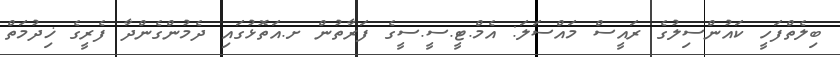
ބިލެތްފަހީ ކައުންސިލުގެ ރައީސް މައްސަލަ: އެމް.ޓީ.ސީ.ސީގެ ފަރާތުން ށ.އަތޮޅުގައި ދެމުންގެންދާ ފެރީގެ ޚިދުމަތް